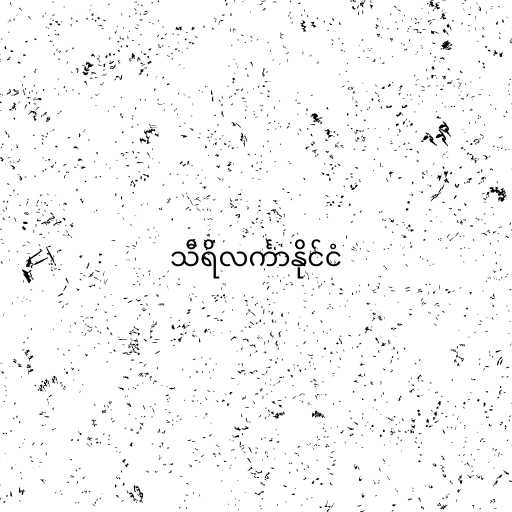
သီရိလင်္ကာနိုင်ငံ